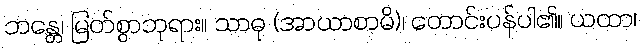
ဘန္တေ၊ မြတ်စွာဘုရား။ သာဓု (အာယာစာမိ)၊ တောင်းပန်ပါ၏။ ယထာ၊